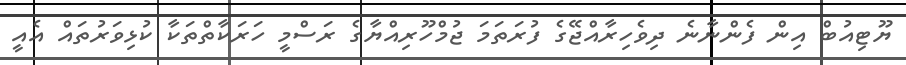
ޔޫޓިއުބް އިން ފެންނާނެ ދިވެހިރާއްޖޭގެ ފުރަތަމަ ޖުމްހޫރިއްޔާގެ ރަސްމީ ހަރަކާތްތަކާ ކުޅިވަރުތައް އެއީ